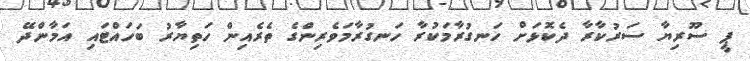
ޕީ ސޫރިޔާ ސަރުކާރާ ދެކޮޅަށް ހަނގުރާމަކުރާ ހަނގުރާމަވެރިންގެ ތެރެއިން ހަތިޔާރު ބަހައްޓައި އަމާންދޭ